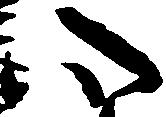
心